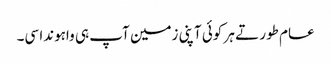
عام طور تے ہر کوئی آپنی زمین آپ ہی واہوندا سی۔